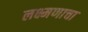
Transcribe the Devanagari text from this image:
लक्ष्मणाचा